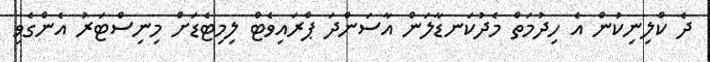
ދެ ކްލިނިކުން އެ ހިދުމަތް މެދުކަނޑާލަން އާސަންދަ ޕްރައިވެޓް ލިމިޓެޑަށް މިނިސްޓަރު އެންގެވި